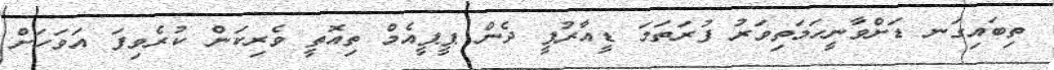
ތިބައިގަނ ޑަށްވާނީހަމަތިވަރު ފުރަތަމަ ޑީއާރުޕީ ދެން ޕީޕީއެމް ތިއޮތީ ވެރިކަން ކުރެވިފަ އަވަހަށް